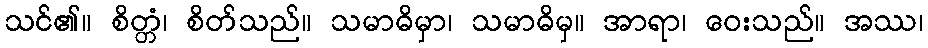
သင်၏။ စိတ္တံ၊ စိတ်သည်။ သမာဓိမှာ၊ သမာဓိမှ။ အာရာ၊ ဝေးသည်။ အဿ၊